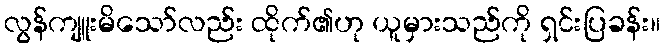
လွန်ကျူးမိသော်လည်း ထိုက်၏ဟု ယူမှားသည်ကို ရှင်းပြခန်း။